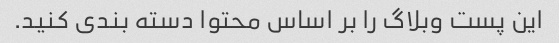
این پست وبلاگ را بر اساس محتوا دسته بندی کنید.